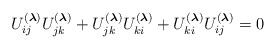
\begin{gather*}U_{ij}^{(\boldsymbol{\lambda})} U_{jk}^{(\boldsymbol{\lambda})} +U_{jk}^{(\boldsymbol{\lambda})} U_{ki}^{(\boldsymbol{\lambda})} +U_{ki}^{(\boldsymbol{\lambda})} U_{ij}^{(\boldsymbol{\lambda})} = 0\end{gather*}